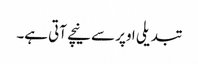
تبدیلی اوپر سے نیچے آتی ہے۔